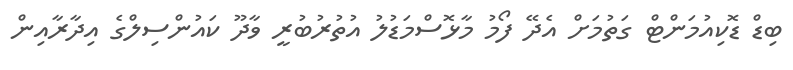
ބިޑް ޑޮކިއުމަންޓް ގަތުމަށް އެދޭ ފޯމު މާޅޮސްމަޑުލު އުތުރުބުރީ ވާދޫ ކައުންސިލްގެ އިދާރާއިން